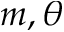
m , \theta